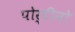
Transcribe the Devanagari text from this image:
पोर्टीनो